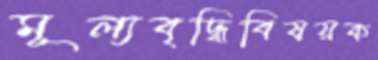
মূল্যবৃদ্ধিবিষয়ক